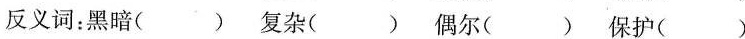
反义词：黑暗( ) 复杂( ) 偶尔( ) 保护( )